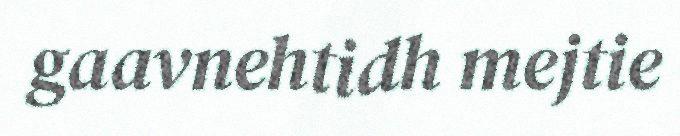
gaavnehtidh mejtie